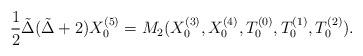
LaTeX: \begin{align*} \frac{1}{2} \tilde \Delta(\tilde \Delta+2) X_0^{(5)} = M_2( X_0^{(3)}, X_0^{(4)}, T_0^{(0)}, T_0^{(1)},T_0^{(2)}).\end{align*}